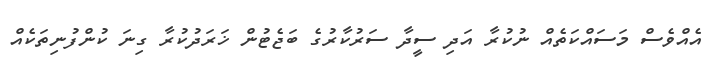
އެއްވެސް މަސައްކަތެއް ނުކުރާ އަދި ސީދާ ސަރުކާރުގެ ބަޖެޓުން ޚަރަދުކުރާ ގިނަ ކުންފުނިތަކެއް